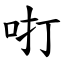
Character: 咑